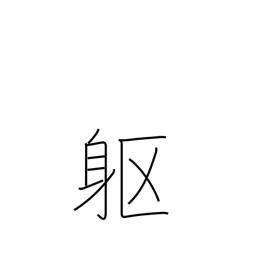
Meaning: corpse